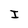
Character: J